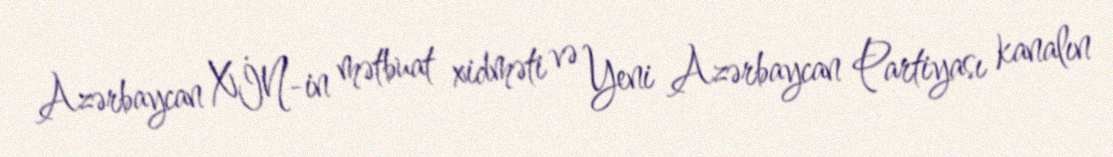
Azərbaycan XİN-in mətbuat xidməti və Yeni Azərbaycan Partiyası kanalın